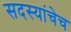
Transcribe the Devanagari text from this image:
सदस्यांचेच